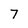
Character: 7